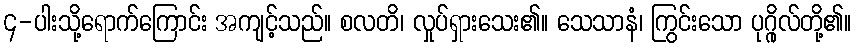
၄-ပါးသို့ရောက်ကြောင်း အကျင့်သည်။ စလတိ၊ လှုပ်ရှားသေး၏။ သေသာနံ၊ ကြွင်းသော ပုဂ္ဂိုလ်တို့၏။